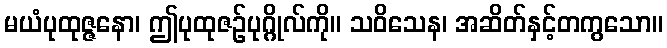
မယံပုထုဇ္ဇနော၊ ဤပုထုဇဉ်ပုဂ္ဂိုလ်ကို။ သဝိသေန၊ အဆိတ်နှင့်တကွသော။